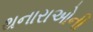
થનારાઓની